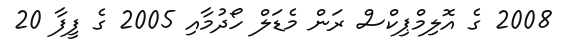
2008 ގެ އޮލިމްޕިކްސް ރަން މެޑަލް ހޯދުމާއި 2005 ގެ ފީފާ 20